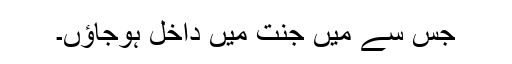
جس سے میں جنت میں داخل ہوجاؤں۔